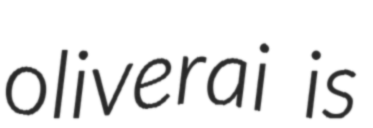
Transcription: oliverai is